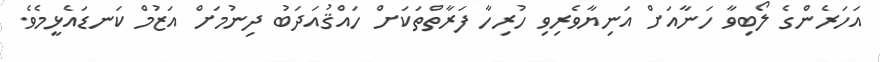
އަހަރެންގެ ލޯބިވާ ހަނާއަށް އަނިޔާވެރިވި ހުރިހާ ފަރާތްތަކަށް ހައްޤުއަދަބު ދިނުމަށް އަޒުމް ކަނޑައެޅީމެވެ.